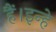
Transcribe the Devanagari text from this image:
हैं।इन्हे